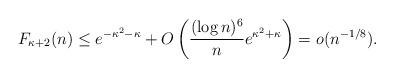
LaTeX: \begin{align*}F_{\kappa+2}(n)\leq e^{-\kappa^2-\kappa}+O\left(\frac{(\log n)^6}{n}e^{\kappa^2+\kappa}\right)=o(n^{-1/8}).\end{align*}